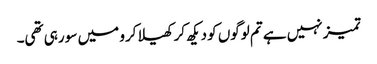
تمیز نہیں ہے تم لوگوں کو دیکھ کر کھیلا کرو میں سو رہی تھی۔